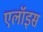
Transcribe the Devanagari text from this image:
एलॉइस